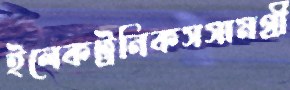
ইলেকট্রনিকসসামগ্রী